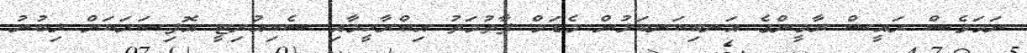
ނަމަވެސް ރައީސް ޔާމީންގެ އަނބިކަނބަލުން މެޑަމް ފާތުމަތު އިބްރާހީމާއި ސެކިއުރިޓީ އޮފިސަރަކަށް ލިބުނު